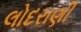
લોદરાણી